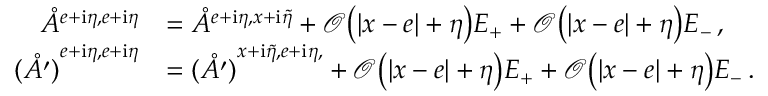
\begin{array} { r l } { \mathring { A } ^ { { e + \mathrm { i } \eta , e + \mathrm { i } \eta } } } & { = \mathring { A } ^ { { e + \mathrm { i } \eta , x + \mathrm { i } \tilde { \eta } } } + \mathcal { O } \big ( | x - e | + \eta \big ) E _ { + } + \mathcal { O } \big ( | x - e | + \eta \big ) E _ { - } \, , } \\ { \mathring { ( A ^ { \prime } ) } ^ { { e + \mathrm { i } \eta , e + \mathrm { i } \eta } } } & { = \mathring { ( A ^ { \prime } ) } ^ { { x + \mathrm { i } \tilde { \eta } , e + \mathrm { i } \eta , } } + \mathcal { O } \big ( | x - e | + \eta \big ) E _ { + } + \mathcal { O } \big ( | x - e | + \eta \big ) E _ { - } \, . } \end{array}